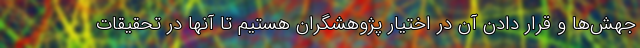
جهش‌ها و قرار دادن آن در اختیار پژوهشگران هستیم تا آنها در تحقیقات